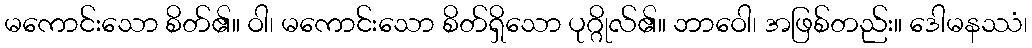
မကောင်းသော စိတ်၏။ ဝါ၊ မကောင်းသော စိတ်ရှိသော ပုဂ္ဂိုလ်၏။ ဘာဝေါ၊ အဖြစ်တည်း။ ဒေါမနဿံ၊